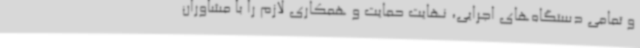
و تمامی دستگاه‌های اجرایی، نهایت حمایت و همکاری لازم را با مشاوران